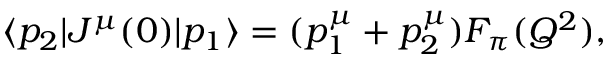
\langle p _ { 2 } | J ^ { \mu } ( 0 ) | p _ { 1 } \rangle = ( p _ { 1 } ^ { \mu } + p _ { 2 } ^ { \mu } ) F _ { \pi } ( Q ^ { 2 } ) ,